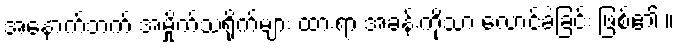
အနောက်ဘက် အမှိုက်သရိုက်များ ထားရာ အခန်းကိုသာ လောင်ခဲ့ခြင်း ဖြစ်၏ ။